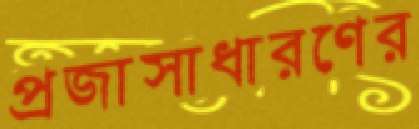
প্রজাসাধারণের